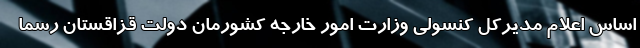
اساس اعلام مدیرکل کنسولی وزارت امور خارجه کشورمان دولت قزاقستان رسما